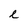
Character: e